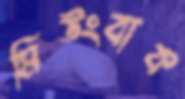
মিউংবাক